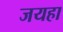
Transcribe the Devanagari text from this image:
जयहा